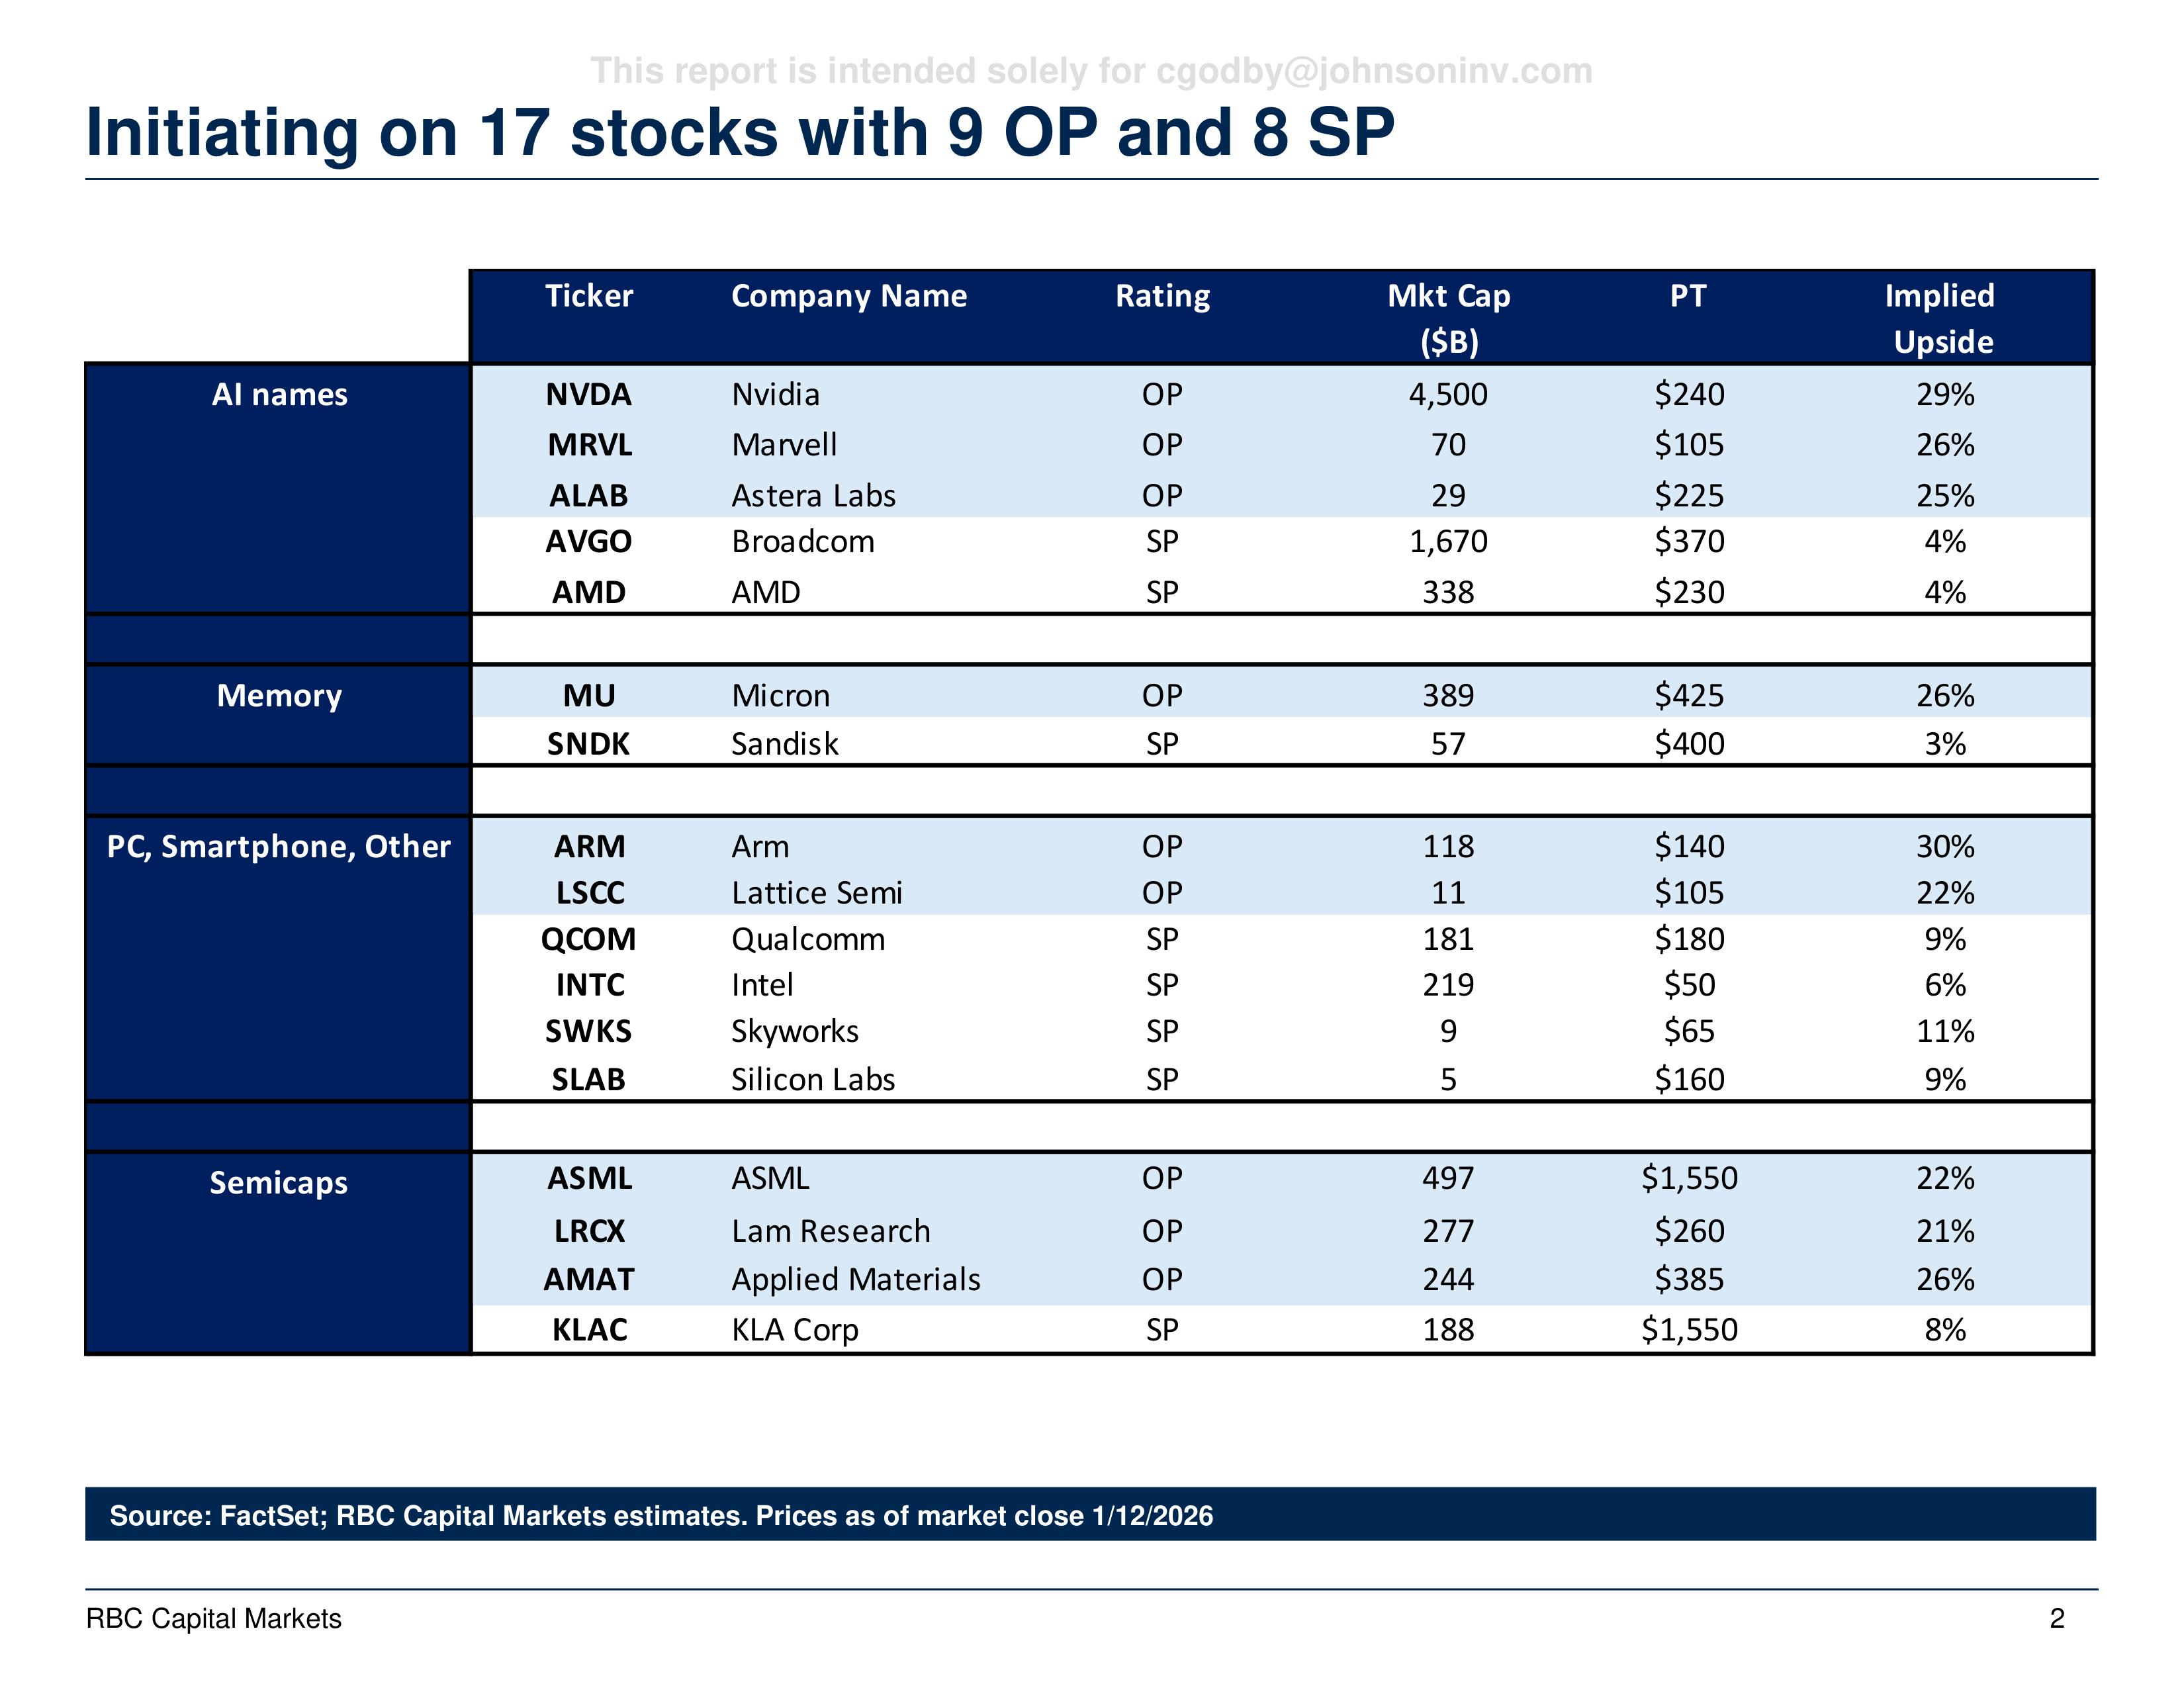
This report is intended solely for cgodby@johnsoninv.com

Initiating on 17 stocks with 9 OP and 8 SP

| | Ticker | Company Name | Rating | Mkt Cap ($B) | PT | Implied Upside |
|-------------------|--------|-----------------|--------|--------------|---------|----------------|
| AI names | NVDA | Nvidia | OP | 4,500 | $240 | 29% |
| | MRVL | Marvell | OP | 70 | $105 | 26% |
| | ALAB | Astera Labs | OP | 29 | $225 | 25% |
| | AVGO | Broadcom | SP | 1,670 | $370 | 4% |
| | AMD | AMD | SP | 338 | $230 | 4% |
| Memory | MU | Micron | OP | 389 | $425 | 26% |
| | SNDK | Sandisk | SP | 57 | $400 | 3% |
| PC, Smartphone, Other | ARM | Arm | OP | 118 | $140 | 30% |
| | LSCC | Lattice Semi | OP | 11 | $105 | 22% |
| | QCOM | Qualcomm | SP | 181 | $180 | 9% |
| | INTC | Intel | SP | 219 | $50 | 6% |
| | SWKS | Skyworks | SP | 9 | $65 | 11% |
| | SLAB | Silicon Labs | SP | 5 | $160 | 9% |
| Semicaps | ASML | ASML | OP | 497 | $1,550 | 22% |
| | LRCX | Lam Research | OP | 277 | $260 | 21% |
| | AMAT | Applied Materials | OP | 244 | $385 | 26% |
| | KLAC | KLA Corp | SP | 188 | $1,550 | 8% |

Source: FactSet; RBC Capital Markets estimates. Prices as of market close 1/12/2026

RBC Capital Markets                                                                                                      2